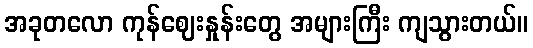
အခုတလော ကုန်ဈေးနှုန်းတွေ အများကြီး ကျသွားတယ်။